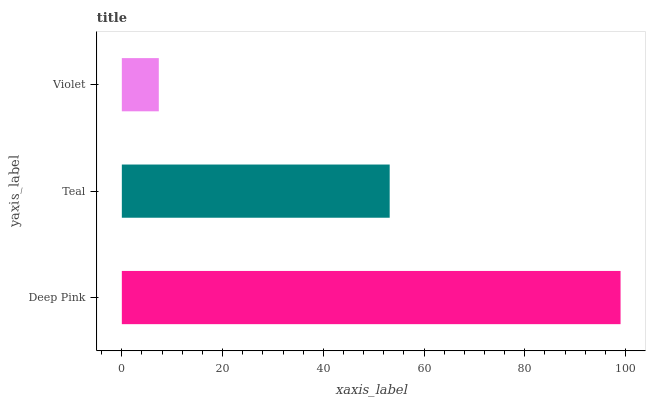
| yaxis_label | bars |
 | --- | --- |
 | Deep Pink | 99 |
 | Teal | 53.2 |
 | Violet | 7.34 |